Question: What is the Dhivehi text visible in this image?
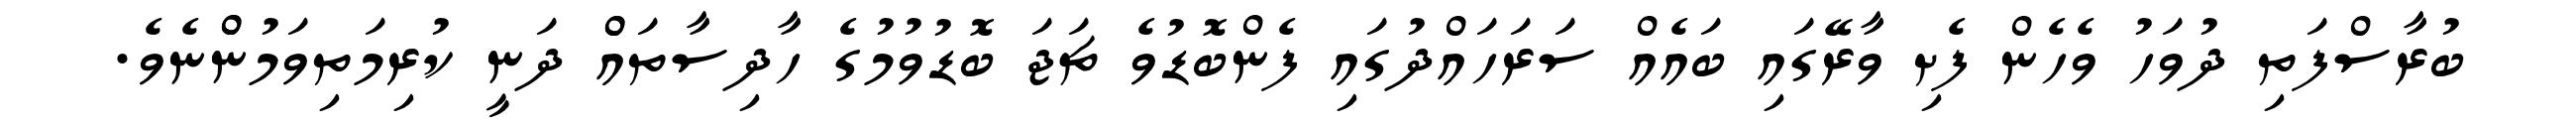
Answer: ބުރާސްފަތި ދުވަހު ވެހެން ފެށި ވާރޭގައި ބައެއް ސަރަހައްދުގައި ފެންބޮޑުވެ ޗަޖަ ބޮޑުވުމުގެ ހާދިސާތައްް ދަނީ ކުރިމަތިވަމުންްނެވެ.